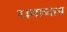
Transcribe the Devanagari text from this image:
रामाधान